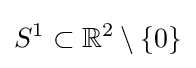
S^{1}\subset \mathbb {R} ^{2}\setminus \{0\}